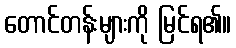
တောင်တန်းများကို မြင်ရ၏။